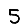
Digit: 5